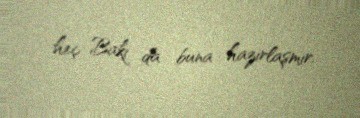
heç Bakı da buna hazırlaşmır.